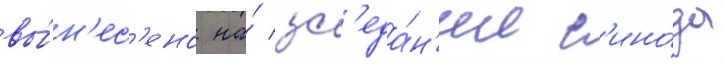
вы́н'ес'ено на́ зас'еда́н'ии с'ино́да